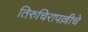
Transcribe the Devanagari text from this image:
तिरुचिरापल्लीचे